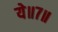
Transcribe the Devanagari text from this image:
ये॥७॥